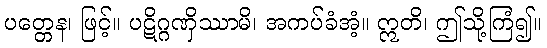
ပတ္တေန၊ ဖြင့်။ ပဋိဂ္ဂဏှိဿာမိ၊ အကပ်ခံအံ့။ ဣတိ၊ ဤသို့ကြံ၍။